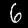
Digit: 6